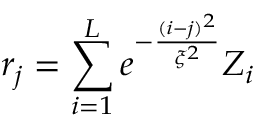
r _ { j } = \sum _ { i = 1 } ^ { L } e ^ { - \frac { ( i - j ) ^ { 2 } } { \xi ^ { 2 } } } Z _ { i }